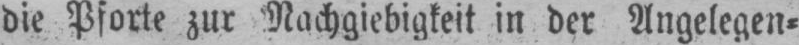
die Pforte zur Nachgiebigkeit in der Angelegen⸗